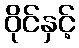
ဝိုင်နှင့်